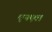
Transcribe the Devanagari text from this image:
एनएल